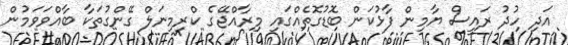
އަދި ހުދު ރައީސް ޔާމިން ފާޅުކަން ބޮޑުގޮތެއްގައި މިރާއްޖޭގެ ކްރިމިނަލް ގޭންގުތަކާ ބާއްވަވަމުން